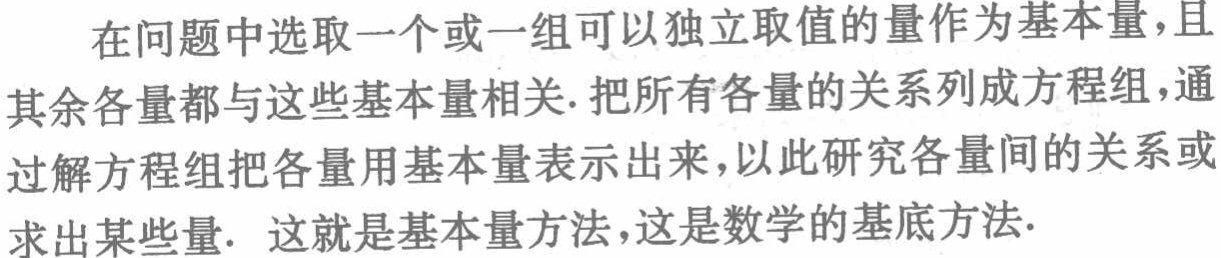
在问题中选取一个或一组可以独立取值的量作为基本量，且其余各量都与这些基本量相关. 把所有各量的关系列成方程组，通过解方程组把各量用基本量表示出来，以此研究各量间的关系或求出某些量. 这就是基本量方法，这是数学的基底方法.